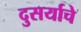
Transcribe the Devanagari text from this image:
दुसर्याचे